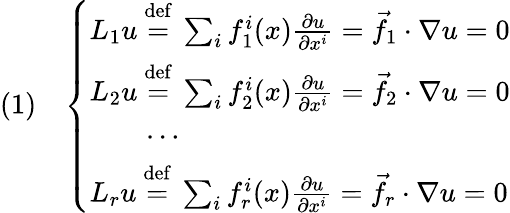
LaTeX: (1)\quad{\left\{ \begin{array}{ll}{L_{1}u\ {\stackrel{\mathrm{def}}{=}}\ \sum_{i}f_{1}^{i}(x){\frac{\partial u}{\partial x^{i}}}={\vec{f}}_{1}\cdot\nabla u=0}\\ {L_{2}u\ {\stackrel{\mathrm{def}}{=}}\ \sum_{i}f_{2}^{i}(x){\frac{\partial u}{\partial x^{i}}}={\vec{f}}_{2}\cdot\nabla u=0}\\ {\qquad\cdots}\\ {L_{r}u\ {\stackrel{\mathrm{def}}{=}}\ \sum_{i}f_{r}^{i}(x){\frac{\partial u}{\partial x^{i}}}={\vec{f}}_{r}\cdot\nabla u=0}\end{array}\right.}